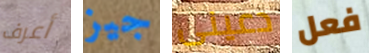
أعرف جيز دعينى فعل